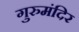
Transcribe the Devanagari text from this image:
गुरुमंदिर